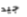
جيد